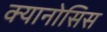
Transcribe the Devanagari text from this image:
क्यानोसिस